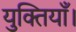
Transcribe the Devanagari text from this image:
युक्तियाँ।